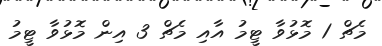
މެޗް 1 މޮޅުވާ ޓީމު އާއި މެޗް 3 އިން މޮޅުވާ ޓީމު